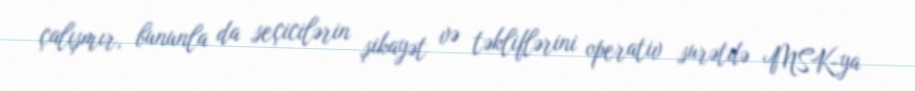
çalışmır, bununla da seçicilərin şikayət və təkliflərini operativ surətdə MSK-ya